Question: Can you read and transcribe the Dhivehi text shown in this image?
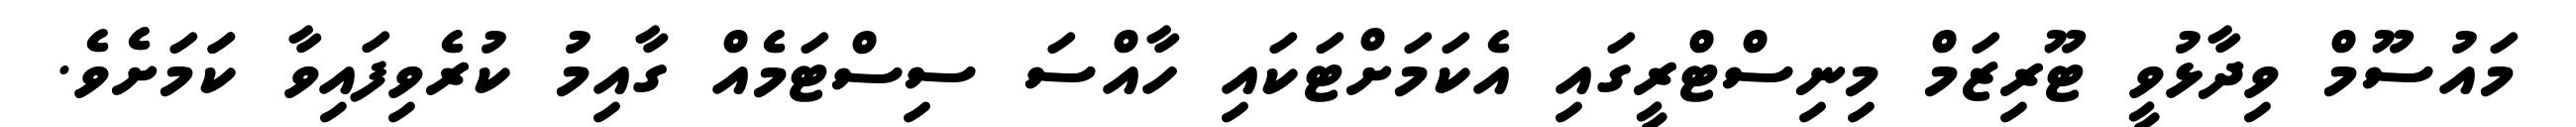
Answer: މައުސޫމް ވިދާޅުވީ ޓޫރިޒަމް މިނިސްޓްރީގައި އެކަމަށްޓަކައި ހާއްސަ ސިސްޓަމެއް ގާއިމު ކުރެވިފައިވާ ކަަމަށެވެ.